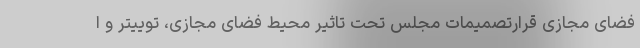
فضای مجازی قرارتصمیمات مجلس تحت تاثیر محیط فضای مجازی، توییتر و ا